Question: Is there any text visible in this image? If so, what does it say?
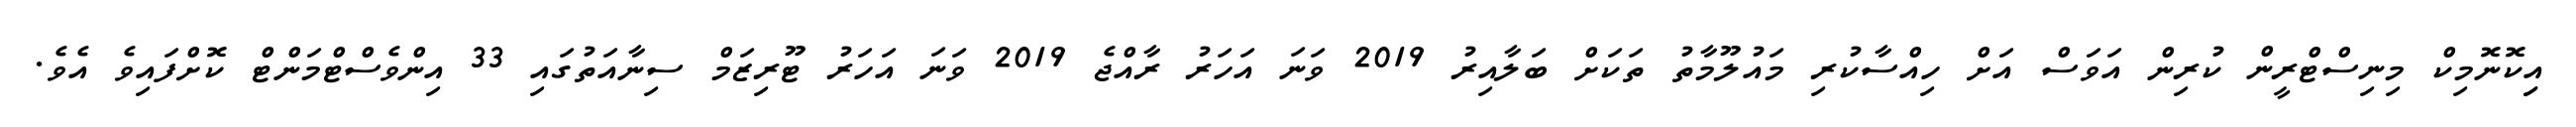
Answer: އިިކޮނޮމިކް މިނިސްޓްރީން ކުރިން އަވަސް އަށް ހިއްސާކުރި މައުލޫމާތު ތަކަށް ބަލާއިރު 2019 ވަނަ އަހަރު ރާއްޖެ 2019 ވަނަ އަހަރު ޓޫރިޒަމް ސިނާއަތުގައި 33 އިންވެސްޓްމަންޓް ކޮށްފައިވެ އެވެ.